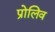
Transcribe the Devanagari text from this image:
प्रोलिव